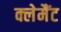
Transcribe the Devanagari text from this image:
क्लेमैंट